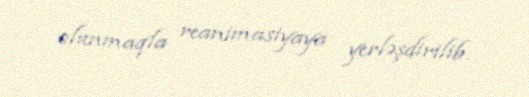
olunmaqla reanimasiyaya yerləşdirilib.